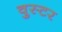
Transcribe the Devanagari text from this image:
वुस्टर